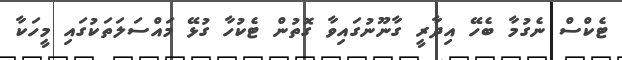
ޓެކްސް ނެގުމާ ބެހޭ އިދާރީ ގާނޫނުގައިވާ ގޮތުން ޓެކުހާ ގުޅޭ މައްސަލަތަކުގައި މީހަކާ